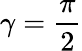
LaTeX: \gamma=\frac{\pi}{2}